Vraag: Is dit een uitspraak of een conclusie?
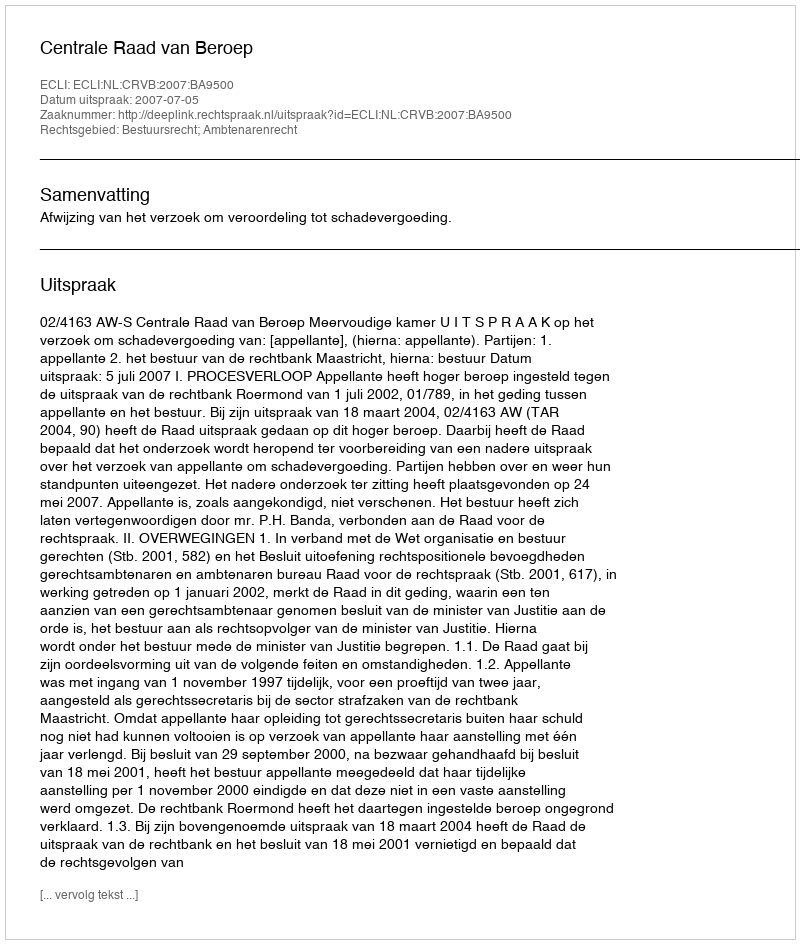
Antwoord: Uitspraak